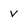
Character: v